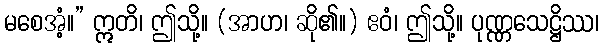
မစေအံ့။” ဣတိ၊ ဤသို့။ (အာဟ၊ ဆို၏။) ဧဝံ၊ ဤသို့။ ပုဏ္ဏသေဋ္ဌိဿ၊